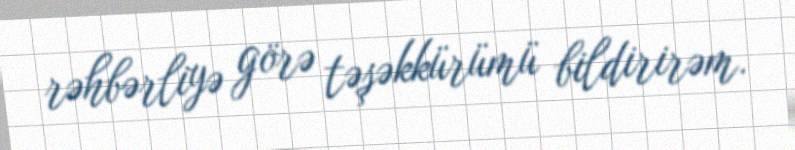
rəhbərliyə görə təşəkkürümü bildirirəm.